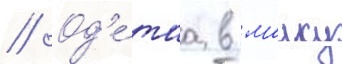
// Од'е́таа в маику